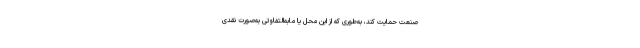
صنعت حمایت کند، به‌طوری که از این محل یا مابه‌التفاوتی به‌صورت نقدی